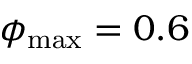
\phi _ { \mathrm { m a x } } = 0 . 6